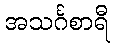
အသင်္ဂစာရီ